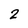
Character: 2